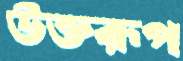
উক্তরূপ